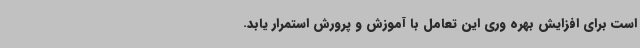
است برای افزایش بهره وری این تعامل با آموزش و پرورش استمرار یابد.